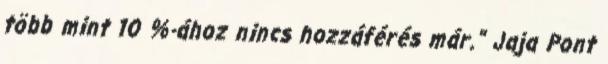
több mint 10 %-ához nincs hozzáférés már." Jaja Pont